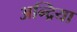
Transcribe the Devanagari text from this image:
अन्द्रिया